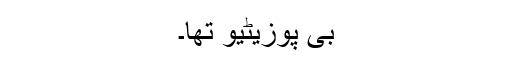
بی پوزیٹیو تھا۔